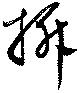
拆